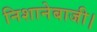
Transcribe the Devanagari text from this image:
निशानेबाजी।